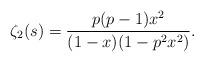
LaTeX: \begin{align*}\zeta_2(s)= \frac{p(p-1)x^2}{(1-x)(1-p^2x^2)}.\end{align*}